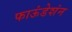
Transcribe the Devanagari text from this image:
फाऊंडेशंन